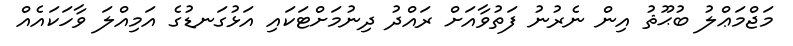
މަޖްމަޢްލު ބުޙޫޘު އިން ނެރުނު ފަތުވާއަށް ރައްދު ދިނުމަށްޓަކައި އަޅުގަނޑުގެ އަމިއްލަ ވާހަކައެއް